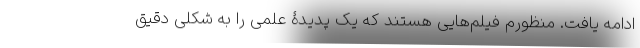
ادامه یافت. منظورم فیلم‌هایی هستند که یک پدیدۀ علمی را به شکلی دقیق